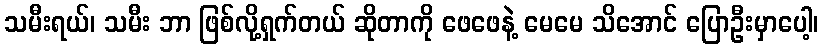
သမီးရယ်၊ သမီး ဘာ ဖြစ်လို့ရှက်တယ် ဆိုတာကို ဖေဖေနဲ့ မေမေ သိအောင် ပြောဦးမှာပေါ့၊